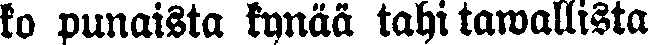
ko punaista kynää tahi tawallista